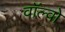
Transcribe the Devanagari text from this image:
वाॅल्वो